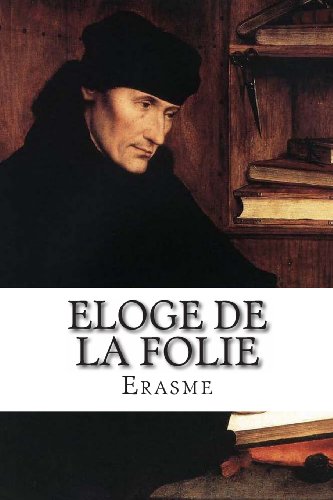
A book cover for Eloge de la folie; Erasme; Politics & Social Sciences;